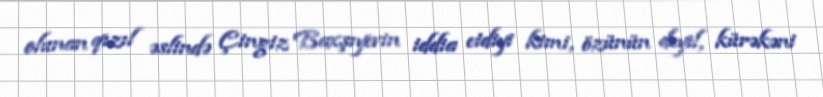
olunan qızıl əslində Çingiz Baxşıyevin iddia etdiyi kimi, özünün deyil, kürəkəni